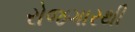
રોજગારથી